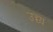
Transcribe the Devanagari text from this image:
उच्च्य